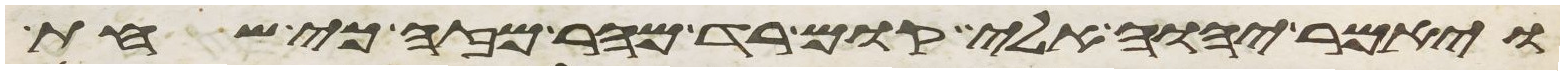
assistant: ויאמר יהוה אלי קום רד מהר מזה כי שחת